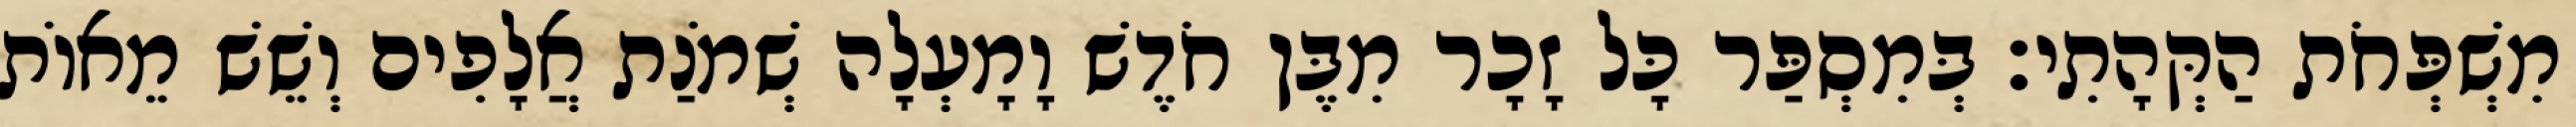
מִשְׁפְּחֹת הַקְּהָתִי׃ בְּמִסְפַּר כָּל זָכָר מִבֶּן חֹדֶשׁ וָמָעְלָה שְׁמֹנַת אֲלָפִים וְשֵׁשׁ מֵאוֹת